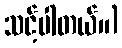
သင့်ပါတယ်။)